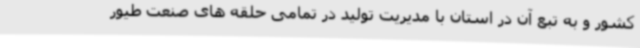
کشور و به تبع آن در استان با مدیریت تولید در تمامی حلقه های صنعت طیور